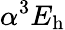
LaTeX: \alpha^{3}E_{\mathrm{h}}